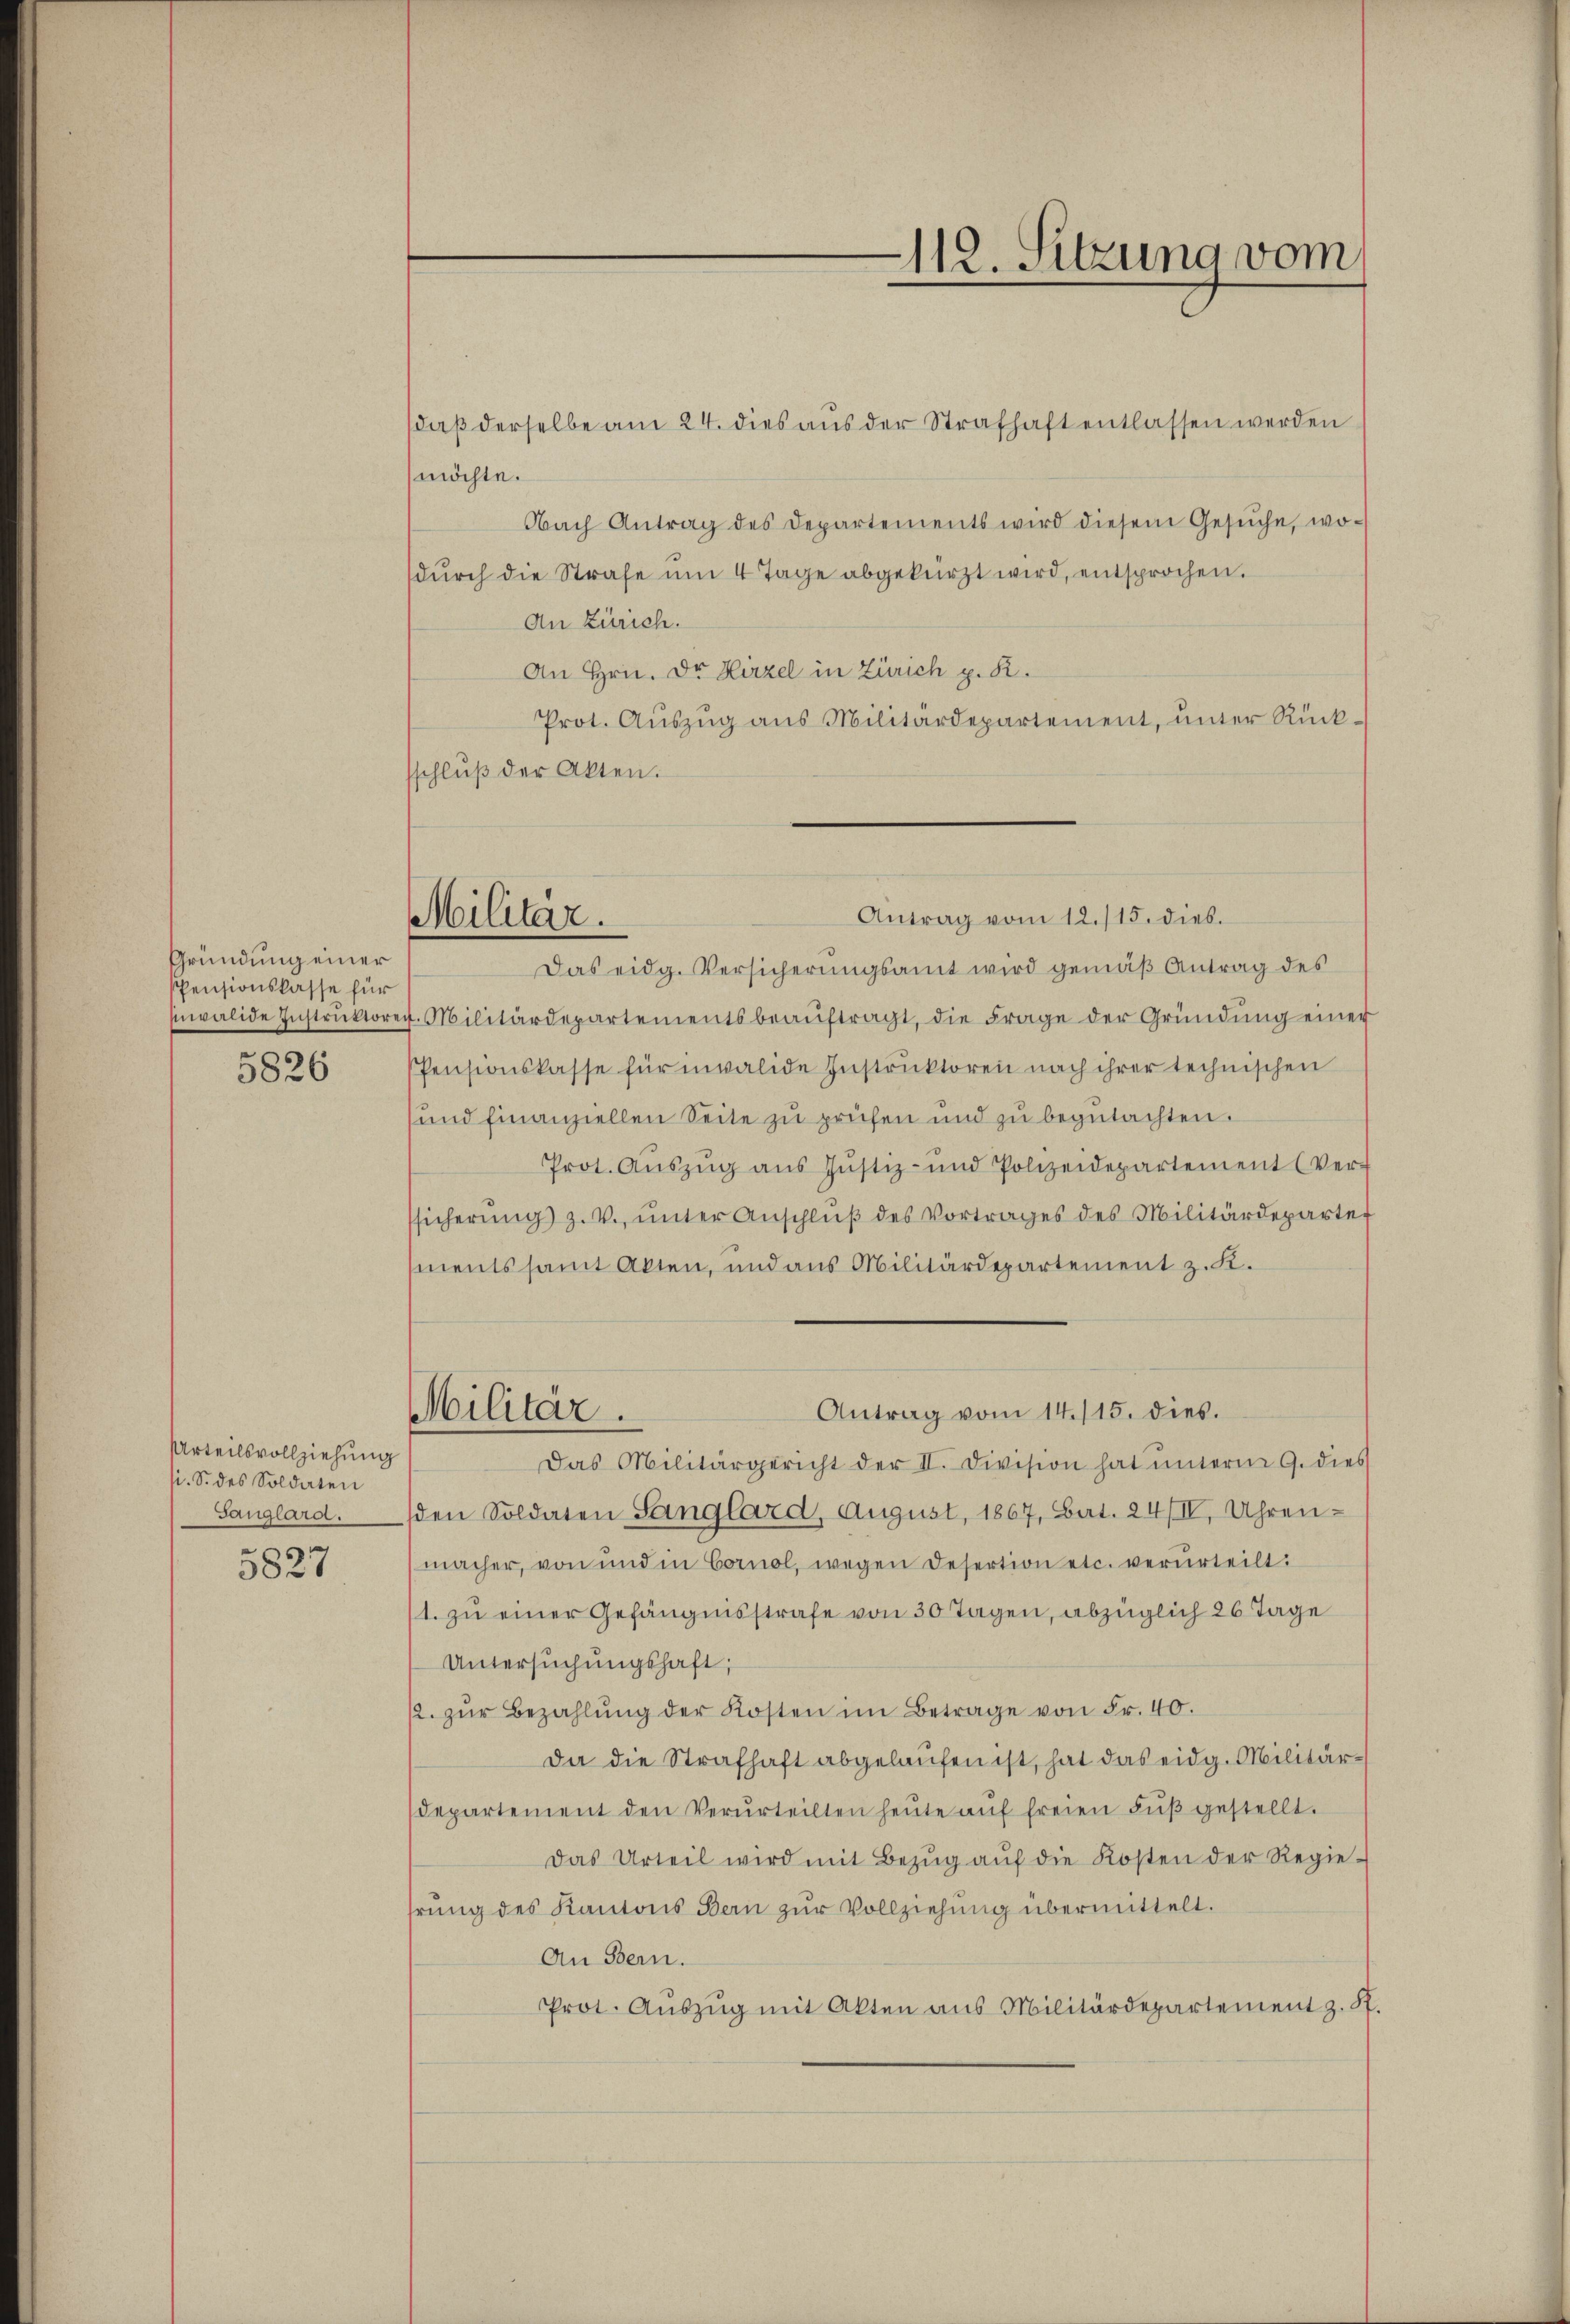
Gründung einer
Pensionskasse für
ewalde Instruktore
5826

Urteilsvollziehung
si. S. des Soldaten
Sanglard.

5827

daß derselbe am 24. dies aus der Strafhaft entlassen werden
möchte.
Nach Antrag des Departements wird diesem Gesŭche, wo-
dŭrch die Strafe um 4 Tage abgekürzt wird, entsprochen.
An Zürich.
An Hrn. Dr Hirzel in Zürich p. R.
Prot. Aŭszŭg ans Militärdepartement, ŭnter Rück-
sschlŭβ der Akten.

Militär.

Militär.

Antrag vom 12./15. dies.
Das eidg. Versicherungsamt wird gemäß Antrag des
Militärdepartements beaŭftragt, die Frage der Gründŭng einer
Pensionskasse für invalide Instruktoren nach ihrer technischen
und finanziellen Seite zu prüfen und zu begutachten.
Prot. Aŭszŭg aŭs Justiz- und Polizeidepartement (Ver-
sicherŭng z. v. ŭnter Anschlŭβ des Vortrages des Militärdeparte
ents samt Akten, und aus Militärdepartement z. K.
Das Militärgericht der II. Division hat ŭnterm 9. dies
den Soldaten Sanglard, August, 1867, Bart. 24/II, Uhrenmacher, von und in Cornol, wegen Desertion etc. verurteilt:
1. zu einer Gefängnisstrafe von 30 Tagen, abzüglich 26 Tage
Untersŭchŭngshaft;
2. zŭr Bezahlŭng der Kosten im Betrage von Fr. 40.
Da die Strafhaft abgelaufen ist, hat das eidg. Militär¬
Departement den Verurteilten heŭte aŭf freien Fŭβ gestellt.
Das Urteil wird mit Bezŭg aŭf die Kosten der Regie-
hrung des Kantons Bern zur Vollziehung übermittelt.
An Bern.
Prot. Aŭszŭg mit Akten aus Militärdepartement z. St

112. Sitzung vom

Antrag vom 14. 115. dies.